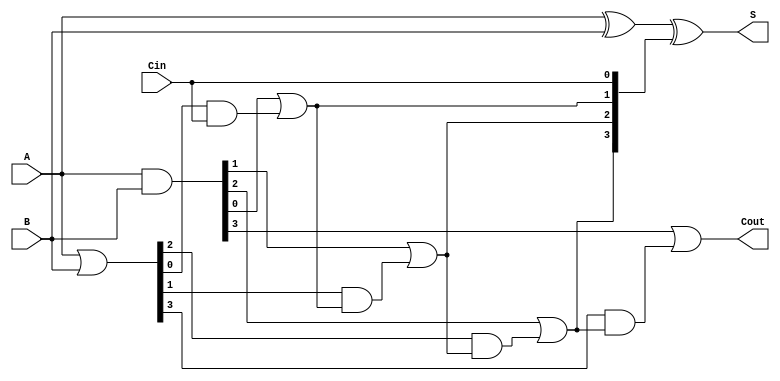
module RCLA #(parameter N = 4) (
    input  [N-1:0] A,      // First operand
    input  [N-1:0] B,      // Second operand
    input         Cin,      // Carry input
    output [N-1:0] S,      // Sum output
    output        Cout      // Carry output
);

    // Generate and propagate signals
    wire [N-1:0] G; // Generate signals
    wire [N-1:0] P; // Propagate signals
    wire [N:0] C;   // Carry signals

    // Generate and propagate calculations
    assign G = A & B;          // Gi = Ai & Bi
    assign P = A | B;          // Pi = Ai | Bi

    // Carry calculations
    assign C[0] = Cin;         // C0 = Cin

    genvar i;
    generate
        for (i = 0; i < N-1; i = i + 1) begin : carry_calc
            assign C[i+1] = G[i] | (P[i] & C[i]); // Ci+1 = Gi | (Pi & Ci)
        end
    endgenerate

    // Final carry out
    assign Cout = G[N-1] | (P[N-1] & C[N-1]);

    // Sum calculations
    assign S = A ^ B ^ C[N-1:0]; // Si = Ai ^ Bi ^ Ci

endmodule